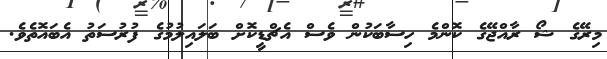
މިރޭގެ ޝޯ ރާއްޖޭގެ ކޮންމެ ހިސާބަކުން ވެސް އެޗްޑީކޮށް ބަލައިލުމުގެ ފުރުސަތު އެބައޮތެވެ.